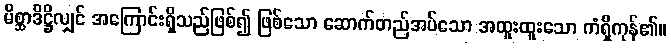
မိစ္ဆာဒိဋ္ဌိလျှင် အကြောင်းရှိသည်ဖြစ်၍ ဖြစ်သော ဆောက်တည်အပ်သော အထူးထူးသော ကံရှိကုန်၏။